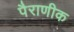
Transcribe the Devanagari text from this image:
पैराणीक